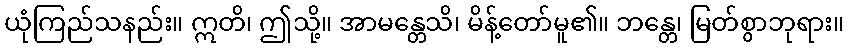
ယုံကြည်သနည်း။ ဣတိ၊ ဤသို့။ အာမန္တေသိ၊ မိန့်တော်မူ၏။ ဘန္တေ၊ မြတ်စွာဘုရား။